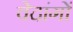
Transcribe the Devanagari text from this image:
वेदांगाें